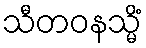
သီတဝနသ္မိံ